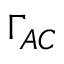
\Gamma _ { A C }